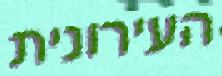
העירונית